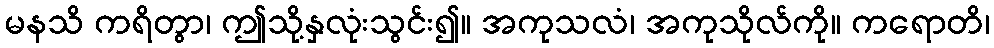
မနသိ ကရိတွာ၊ ဤသို့နှလုံးသွင်း၍။ အကုသလံ၊ အကုသိုလ်ကို။ ကရောတိ၊